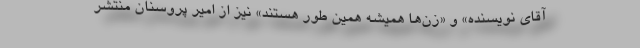
آقای نویسنده» و «زن‌ها همیشه همین طور هستند» نیز از امیر پروسنان منتشر